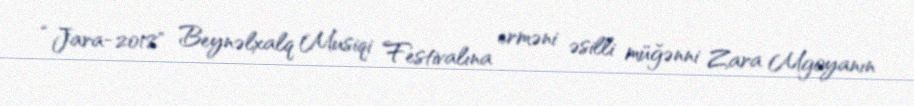
“Jara-2018" Beynəlxalq Musiqi Festivalına erməni əsilli müğənni Zara Mgoyanın